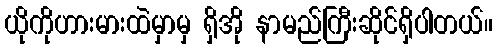
ယိုကိုဟားမားထဲမှာမှ ရှိအို နာမည်ကြီးဆိုင်ရှိပါတယ်။